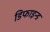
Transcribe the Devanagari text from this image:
डिफाइन्ड